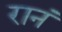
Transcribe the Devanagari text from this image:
रानं